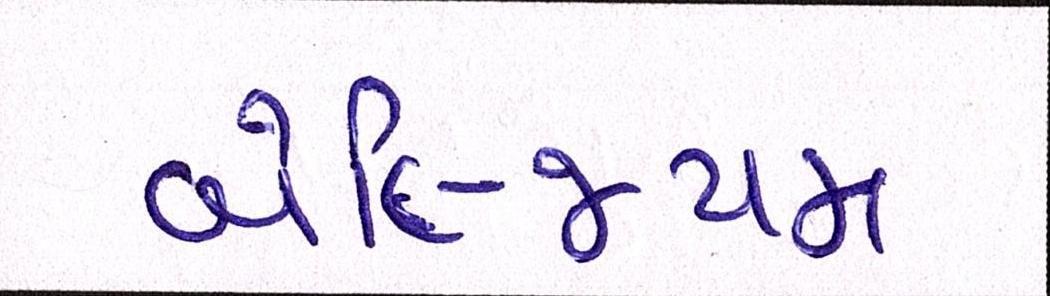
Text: બેલ્જિયમ